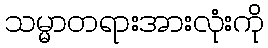
သမ္မာတရားအားလုံးကို